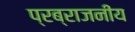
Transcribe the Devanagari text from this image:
प्रब्राजनीय